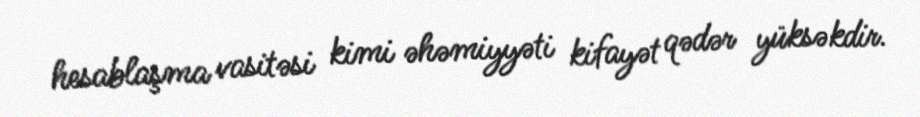
hesablaşma vasitəsi kimi əhəmiyyəti kifayət qədər yüksəkdir.